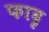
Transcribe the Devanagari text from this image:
फादृ